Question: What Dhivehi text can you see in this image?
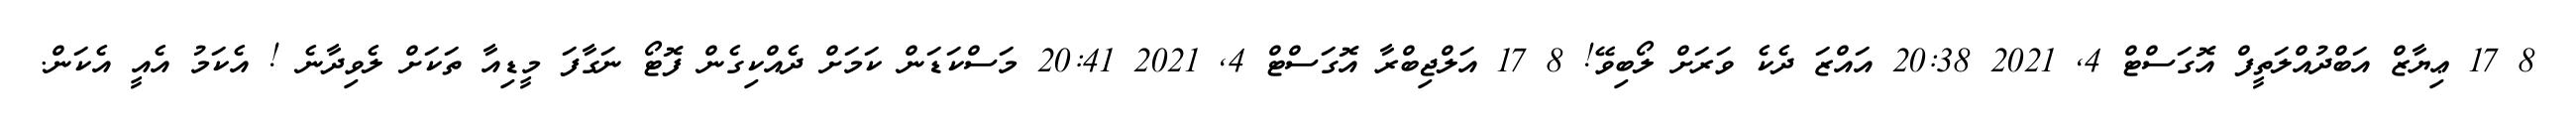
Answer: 8 17 ޢިޔާޒް އަބްދުއްލަތީފް އޮގަސްޓް 4, 2021 20:38 އައްޒަ ދެކެ ވަރަށް ލޯބިވޭ! 8 17 އަލްޖިބްރާ އޮގަސްޓް 4, 2021 20:41 މަސްކަޑަން ކަމަށް ދެއްކިގެން ފޮޓޯ ނަގާފަ މީޑިއާ ތަކަށް ލެވިދާނެ ! އެކަމު އެއީ އެކަން.